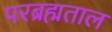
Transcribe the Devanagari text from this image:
परब्रह्मताल